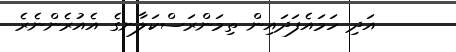
އަދި ހަމައެފަދައިން ތިމަންރަސްކަލާނގެ އެއުރެންނެރެ